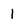
Character: l